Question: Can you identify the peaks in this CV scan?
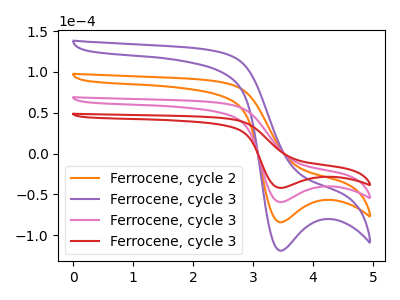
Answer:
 <answer>The orange curve "Ferrocene, cycle 2" has a cathodic peak at: (3.45V, -118.80uA). The purple curve "Ferrocene, cycle 3" has a cathodic peak at: (3.45V, -178.20uA). The pink curve "Ferrocene, cycle 3" has a cathodic peak at: (3.45V, -59.40uA). The red curve "Ferrocene, cycle 3" has a cathodic peak at: (3.45V, -42.00uA).</answer>
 <eval></eval>